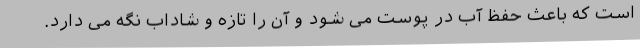
است که باعث حفظ آب در پوست می شود و آن را تازه و شاداب نگه می دارد.